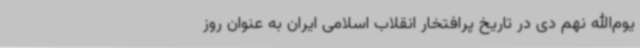
یوم‌الله نهم دی در تاریخ پرافتخار انقلاب اسلامی ایران به عنوان روز